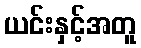
ယင်းနှင့်အတူ